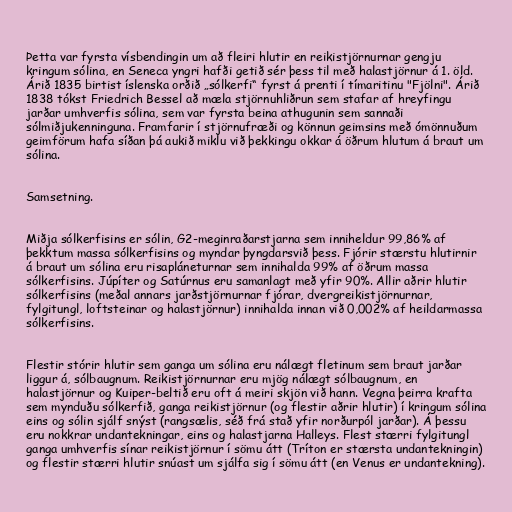
Þetta var fyrsta vísbendingin um að fleiri hlutir en reikistjörnurnar gengju
kringum sólina, en Seneca yngri hafði getið sér þess til með halastjörnur á 1. öld.
Árið 1835 birtist íslenska orðið „sólkerfi“ fyrst á prenti í tímaritinu "Fjölni". Árið
1838 tókst Friedrich Bessel að mæla stjörnuhliðrun sem stafar af hreyfingu
jarðar umhverfis sólina, sem var fyrsta beina athugunin sem sannaði
sólmiðjukenninguna. Framfarir í stjörnufræði og könnun geimsins með ómönnuðum
geimförum hafa síðan þá aukið miklu við þekkingu okkar á öðrum hlutum á braut um
sólina.

Samsetning.

Miðja sólkerfisins er sólin, G2-meginraðarstjarna sem inniheldur 99,86% af
þekktum massa sólkerfisins og myndar þyngdarsvið þess. Fjórir stærstu hlutirnir
á braut um sólina eru risapláneturnar sem innihalda 99% af öðrum massa
sólkerfisins. Júpíter og Satúrnus eru samanlagt með yfir 90%. Allir aðrir hlutir
sólkerfisins (meðal annars jarðstjörnurnar fjórar, dvergreikistjörnurnar,
fylgitungl, loftsteinar og halastjörnur) innihalda innan við 0,002% af heildarmassa
sólkerfisins.

Flestir stórir hlutir sem ganga um sólina eru nálægt fletinum sem braut jarðar
liggur á, sólbaugnum. Reikistjörnurnar eru mjög nálægt sólbaugnum, en
halastjörnur og Kuiper-beltið eru oft á meiri skjön við hann. Vegna þeirra krafta
sem mynduðu sólkerfið, ganga reikistjörnur (og flestir aðrir hlutir) í kringum sólina
eins og sólin sjálf snýst (rangsælis, séð frá stað yfir norðurpól jarðar). Á þessu
eru nokkrar undantekningar, eins og halastjarna Halleys. Flest stærri fylgitungl
ganga umhverfis sínar reikistjörnur í sömu átt (Tríton er stærsta undantekningin)
og flestir stærri hlutir snúast um sjálfa sig í sömu átt (en Venus er undantekning).